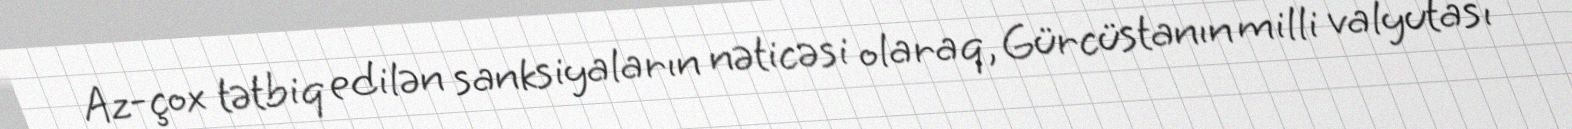
Az-çox tətbiq edilən sanksiyaların nəticəsi olaraq, Gürcüstanın milli valyutası